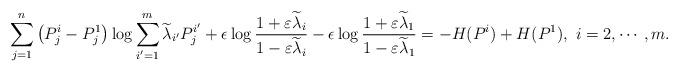
LaTeX: \begin{align*}\sum_{j=1}^n\left(P^i_j-P^1_j\right)\log\sum_{i'=1}^m\widetilde\lambda_{i'}P^{i'}_j+\epsilon\log\frac{1+\varepsilon\widetilde\lambda_i}{1-\varepsilon\widetilde\lambda_i}-\epsilon\log\frac{1+\varepsilon\widetilde\lambda_1}{1-\varepsilon\widetilde\lambda_1}=-H(P^i)+H(P^1),\ i=2,\cdots,m.\end{align*}